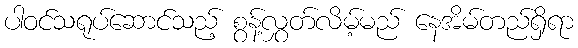
ပါဝင်သရုပ်ဆောင်သည့် စွန့်လွှတ်လိမ့်မည် နေအိမ်တည်ရှိရာ